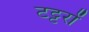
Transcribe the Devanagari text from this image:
टट्टरों